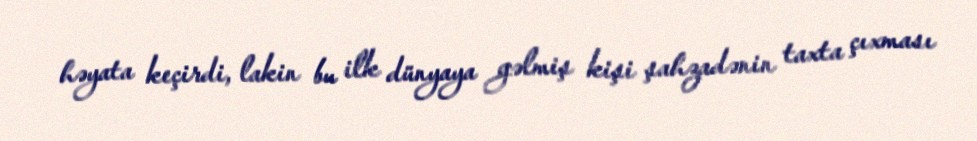
həyata keçirdi, lakin bu ilk dünyaya gəlmiş kişi şahzadənin taxta çıxması